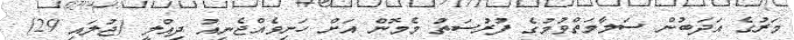
މަރުގެ އަދަބުން ސަލާމަތްވުމުގެ ފުރުސަތު މެމޮން އަށް ހަނިވެއްޖެނިއު ދިއްލީ (ޖުލައި 29)